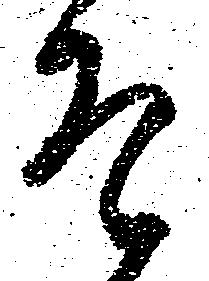
そ